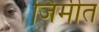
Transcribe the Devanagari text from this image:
जिमीत